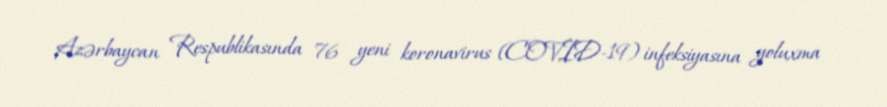
Azərbaycan Respublikasında 76 yeni koronavirus (COVID-19) infeksiyasına yoluxma